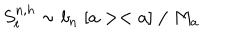
S _ { t } ^ { n , h } \sim b _ { n } \; [ a > < a ] \; / \; M _ { a }